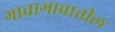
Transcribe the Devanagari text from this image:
गावागावातील